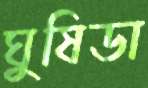
ঘুষিডা